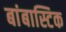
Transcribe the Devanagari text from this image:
बांबास्टिक